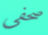
صحفى